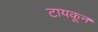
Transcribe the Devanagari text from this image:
टायकून